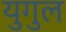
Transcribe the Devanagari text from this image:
युगुल